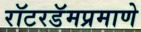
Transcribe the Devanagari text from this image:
रॉटरडॅमप्रमाणे